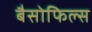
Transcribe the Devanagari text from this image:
बैसोफिल्स